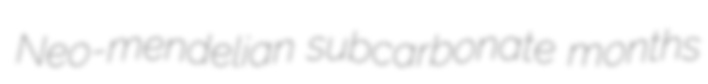
Neo-mendelian subcarbonate months